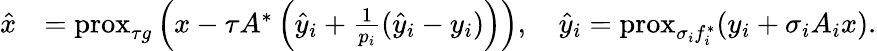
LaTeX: \begin{array}{rl}{\hat{x}}&{=\mathrm{prox}_{\tau g}\left(x-\tau A^{*}\left(\hat{y}_{i}+\frac{1}{p_{i}}(\hat{y}_{i}-y_{i})\right)\right),\quad\hat{y}_{i}=\mathrm{prox}_{\sigma_{i}f_{i}^{*}}(y_{i}+\sigma_{i}A_{i}x).}\end{array}